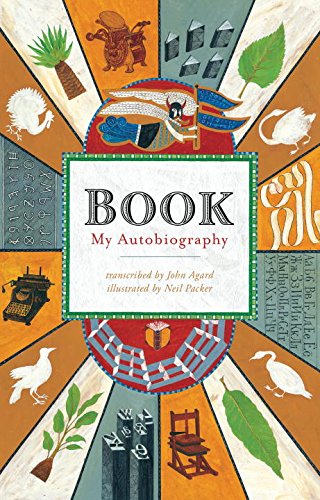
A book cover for Book; John Agard; Children's Books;